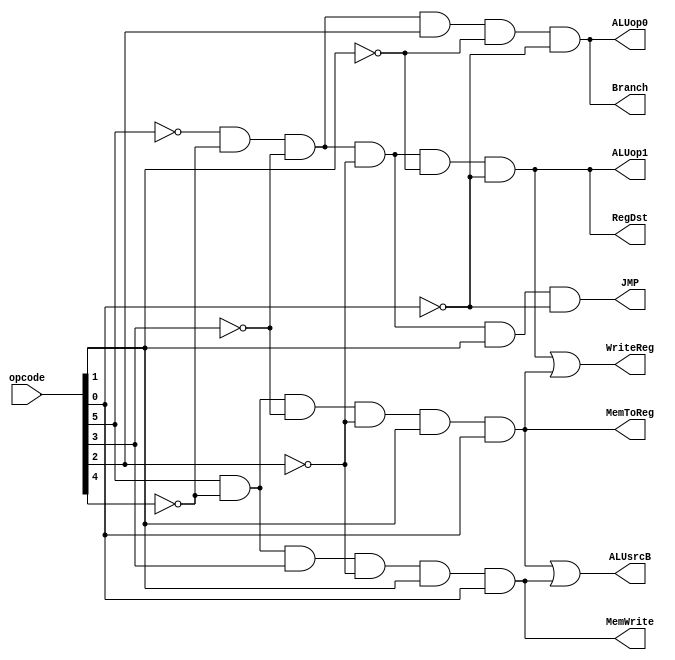
module cpu_ctr(
input [5:0]opcode,
output wire  RegDst,ALUsrcB,MemToReg,WriteReg,MemWrite,Branch,ALUop1,ALUop0,JMP );
wire j,r,lw,sw,beq;
and JP(JMP,~opcode[5],~opcode[4],~opcode[3],~opcode[2],opcode[1],~opcode[0]),
R(r,~opcode[5],~opcode[4],~opcode[3],~opcode[2],~opcode[1],~opcode[0]),
LW(lw,opcode[5],~opcode[4],~opcode[3],~opcode[2],opcode[1],opcode[0]),
SW(sw,opcode[5],~opcode[4],opcode[3],~opcode[2],opcode[1],opcode[0]),
BEQ(beq,~opcode[5],~opcode[4],~opcode[3],opcode[2],~opcode[1],~opcode[0]);
or ALUsrc(ALUsrcB,lw,sw),
writeReg(WriteReg,r,lw);
assign RegDst=r;
assign MemToReg=lw;
assign MemWrite=sw;
assign Branch=beq;
assign ALUop1=r;
assign ALUop0=beq;

endmodule